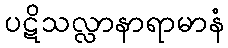
ပဋိသလ္လာနာရာမာနံ